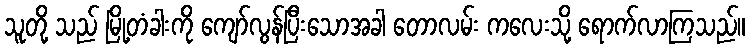
သူတို့ သည် မြို့တံခါးကို ကျော်လွန်ပြီးသောအခါ တောလမ်း ကလေးသို့ ရောက်လာကြသည်။